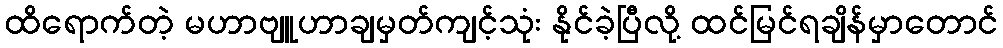
ထိရောက်တဲ့ မဟာဗျူဟာချမှတ်ကျင့်သုံး နိုင်ခဲ့ပြီလို့ ထင်မြင်ရချိန်မှာတောင်